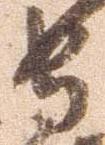
守